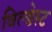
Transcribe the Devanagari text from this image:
विल्डेस्ट